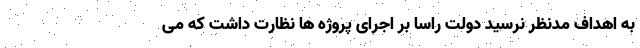
به اهداف مدنظر نرسید دولت راسا بر اجرای پروژه ها نظارت داشت که می